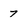
Character: 7